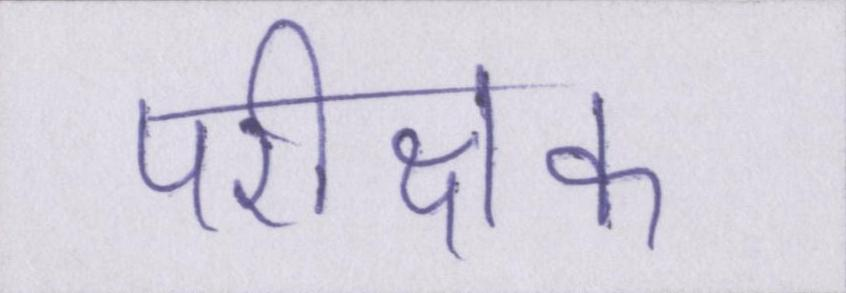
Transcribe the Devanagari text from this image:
परीक्षक